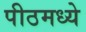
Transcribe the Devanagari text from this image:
पीठमध्ये